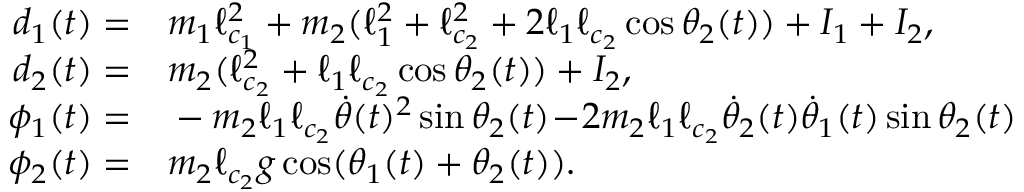
\begin{array} { r l } { d _ { 1 } ( t ) = } & { { } m _ { 1 } \ell _ { c _ { 1 } } ^ { 2 } + m _ { 2 } ( \ell _ { 1 } ^ { 2 } + \ell _ { c _ { 2 } } ^ { 2 } + 2 \ell _ { 1 } \ell _ { c _ { 2 } } \cos \theta _ { 2 } ( t ) ) + I _ { 1 } + I _ { 2 } , } \\ { d _ { 2 } ( t ) = } & { { } m _ { 2 } ( \ell _ { c _ { 2 } } ^ { 2 } + \ell _ { 1 } \ell _ { c _ { 2 } } \cos \theta _ { 2 } ( t ) ) + I _ { 2 } , } \\ { \phi _ { 1 } ( t ) = } & { { } - m _ { 2 } \ell _ { 1 } \ell _ { c _ { 2 } } \dot { \theta } ( t ) ^ { 2 } \sin \theta _ { 2 } ( t ) \! - \! 2 m _ { 2 } \ell _ { 1 } \ell _ { c _ { 2 } } \dot { \theta } _ { 2 } ( t ) \dot { \theta } _ { 1 } ( t ) \sin \theta _ { 2 } ( t ) } \\ { \phi _ { 2 } ( t ) = } & { { } m _ { 2 } \ell _ { c _ { 2 } } g \cos ( \theta _ { 1 } ( t ) + \theta _ { 2 } ( t ) ) . } \end{array}